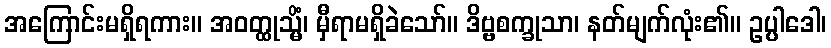
အကြောင်းမရှိရကား။ အဝတ္ထုသ္မိံ၊ မှီရာမရှိခဲသော်။ ဒိဗ္ဗစက္ခုသာ၊ နတ်မျက်လုံး၏။ ဥပ္ပါဒေါ၊